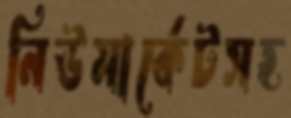
নিউমার্কেটসহ